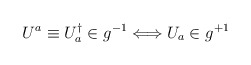
\begin{align*}U^{a} \equiv U_{a}^{\dagger} \in g^{-1} \Longleftrightarrow U_{a} \in g^{+1}\end{align*}